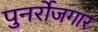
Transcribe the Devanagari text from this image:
पुनर्रोजगार